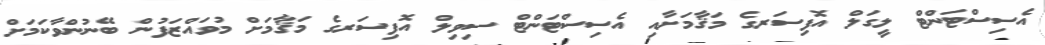
އެސިސްޓަންޓް ލީގަލް އޮފިސަރގެ މަޤާމަށާއި އެސިސްޓަންޓް ސިވިލް އޮފިސަރގެ މަޤާމަށް މުވައްޒަފުން ބޭނުންވާކަމަށް